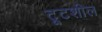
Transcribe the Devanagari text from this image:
टूटशील